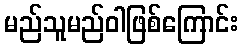
မည်သူမည်ဝါဖြစ်ကြောင်း